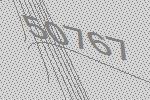
50767